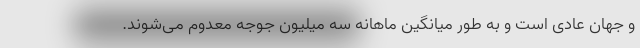
و جهان عادی است و به طور میانگین ماهانه سه میلیون جوجه معدوم می‌شوند.